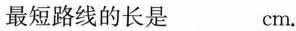
最短路线的长是___cm.